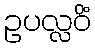
ဥပလ္လဝိံ